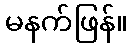
မနက်ဖြန်။